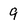
Character: 9